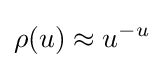
\rho (u)\approx u^{-u}